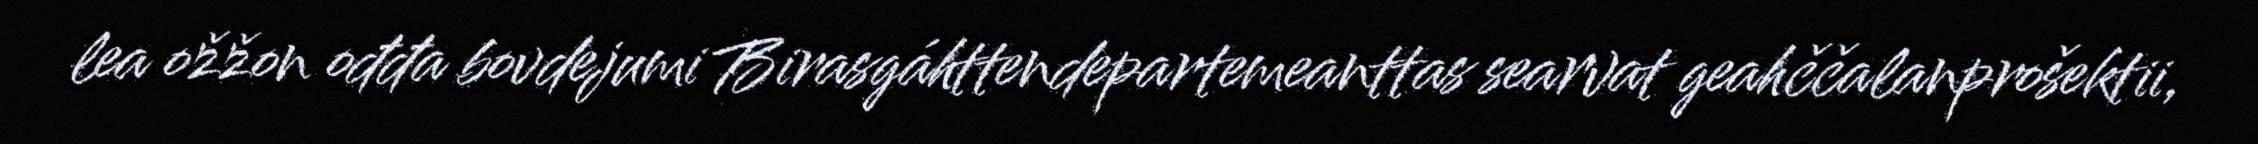
lea ožžon ođđa bovdejumi Birasgáhttendepartemeanttas searvat geahččalanprošektii,